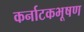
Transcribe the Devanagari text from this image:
कर्नाटकभूषण